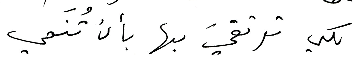
لكي ترتقيَ بها بأن تُنَمي